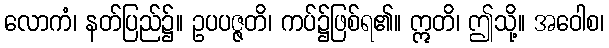
လောကံ၊ နတ်ပြည်၌။ ဥပပဇ္ဇတိ၊ ကပ်၌ဖြစ်ရ၏။ ဣတိ၊ ဤသို့။ အဝေါစ၊